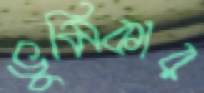
ভুমিকার